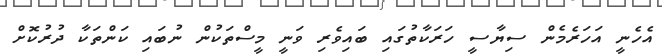
އެހެނީ އަހަރެމެން ސިޔާސީ ހަރަކާތުގައި ބައިވެރި ވަނީ މީސްތަކުން ނުބައި ކަންތަކާ ދުރުކޮށް